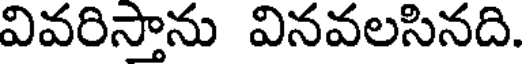
వివరిస్తాను వినవలసినది.